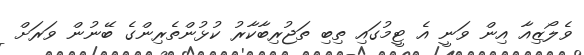
ވެލޯޒިއާ އިން ވަނީ އެ ޓީމުގައި ތިބި ތަޖުރިބާކާރު ކުޅުންތެރިންގެ ބޭނުން ވަރަށް